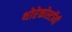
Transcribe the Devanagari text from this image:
थोरेकोस्टॉमी